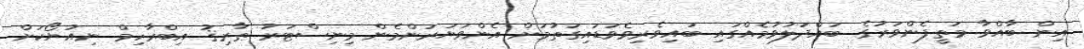
އިން ބާއްވާ މަތީފެންވަރުގެ ބައްދަލުވުމެއްގައި ބައިވެރިވެވަޑައިގަތުމަށް އެންވަޔަރަންމެން މިނިސްޓަރު ޠާރިޤު އިބްރާހިމް ނިއުޔޯކަށް